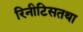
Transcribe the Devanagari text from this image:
रिनीटिसतथा